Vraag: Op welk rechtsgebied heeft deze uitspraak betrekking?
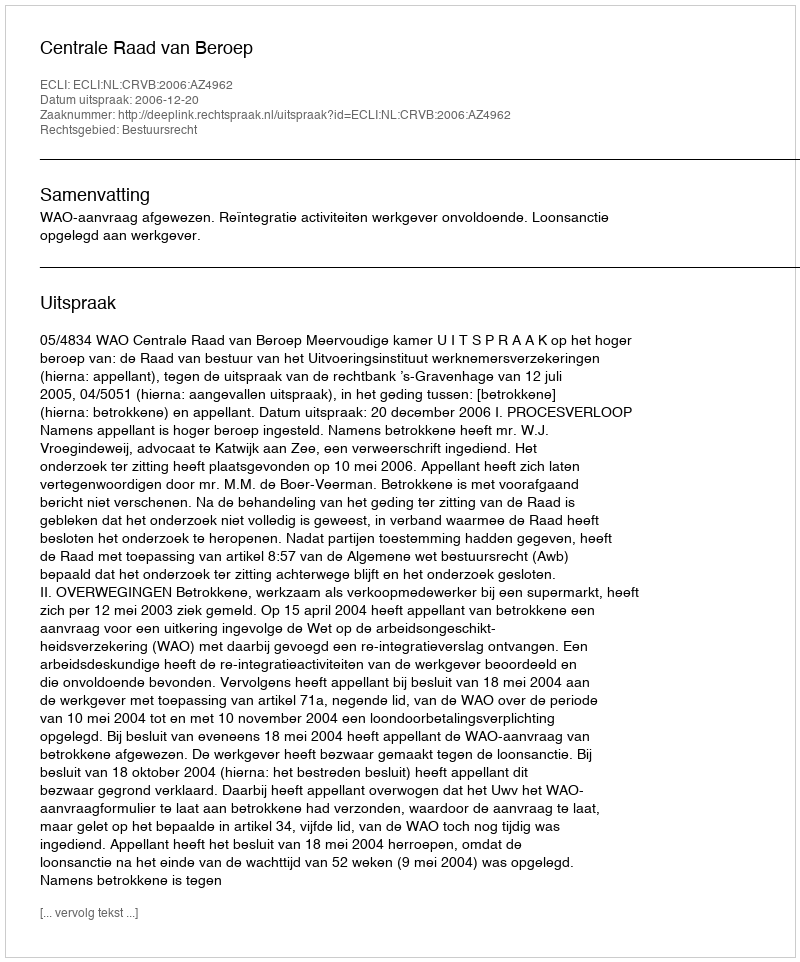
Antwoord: Bestuursrecht